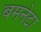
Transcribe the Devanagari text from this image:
बमनेटा